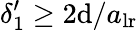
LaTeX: \delta_{1}^{\prime}\geq2\mathrm{d}/a_{\mathrm{{lr}}}